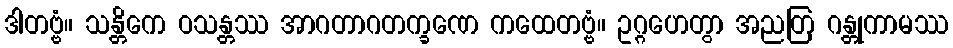
ဒါတဗ္ဗံ။ သန္တိကေ ဝသန္တဿ အာဂတာဂတက္ခဏေ ကထေတဗ္ဗံ။ ဥဂ္ဂဟေတွာ အညတြ ဂန္တုကာမဿ